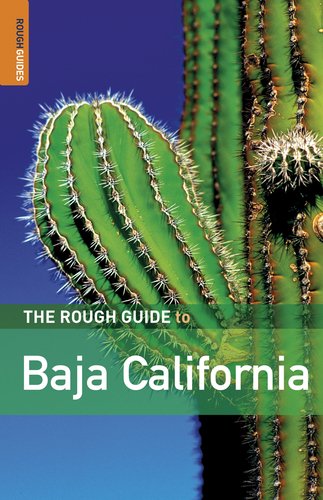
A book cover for The Rough Guide to Baja California (Rough Guide Travel Guides); Jason Clampet; Travel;